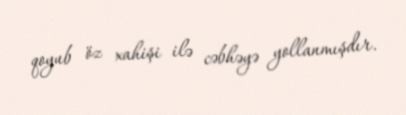
qoyub öz xahişi ilə cəbhəyə yollanmışdır.